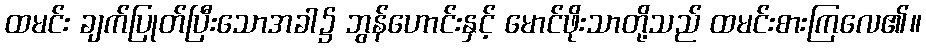
ထမင်း ချက်ပြုတ်ပြီးသောအခါ၌ ဘွန်ဟောင်းနှင့် မောင်ဖိုးသာတို့သည် ထမင်းစားကြလေ၏။